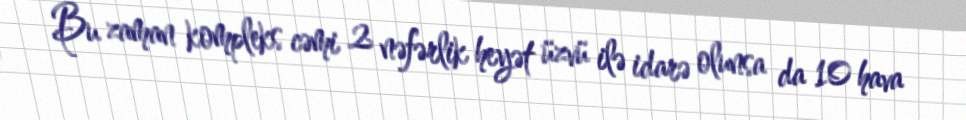
Bu zaman kompleks cəmi 2 nəfərlik heyət üzvü ilə idarə olunsa da 10 hava